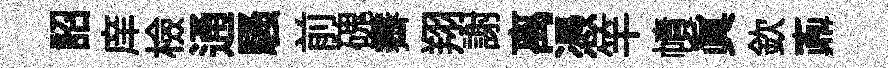
詔庠檢通騷前磈霽翔謝离憑竿幘眞欽鼒